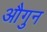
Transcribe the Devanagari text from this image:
औगुन